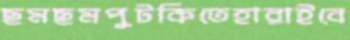
ছমছমপুটকিতেহারাইবে